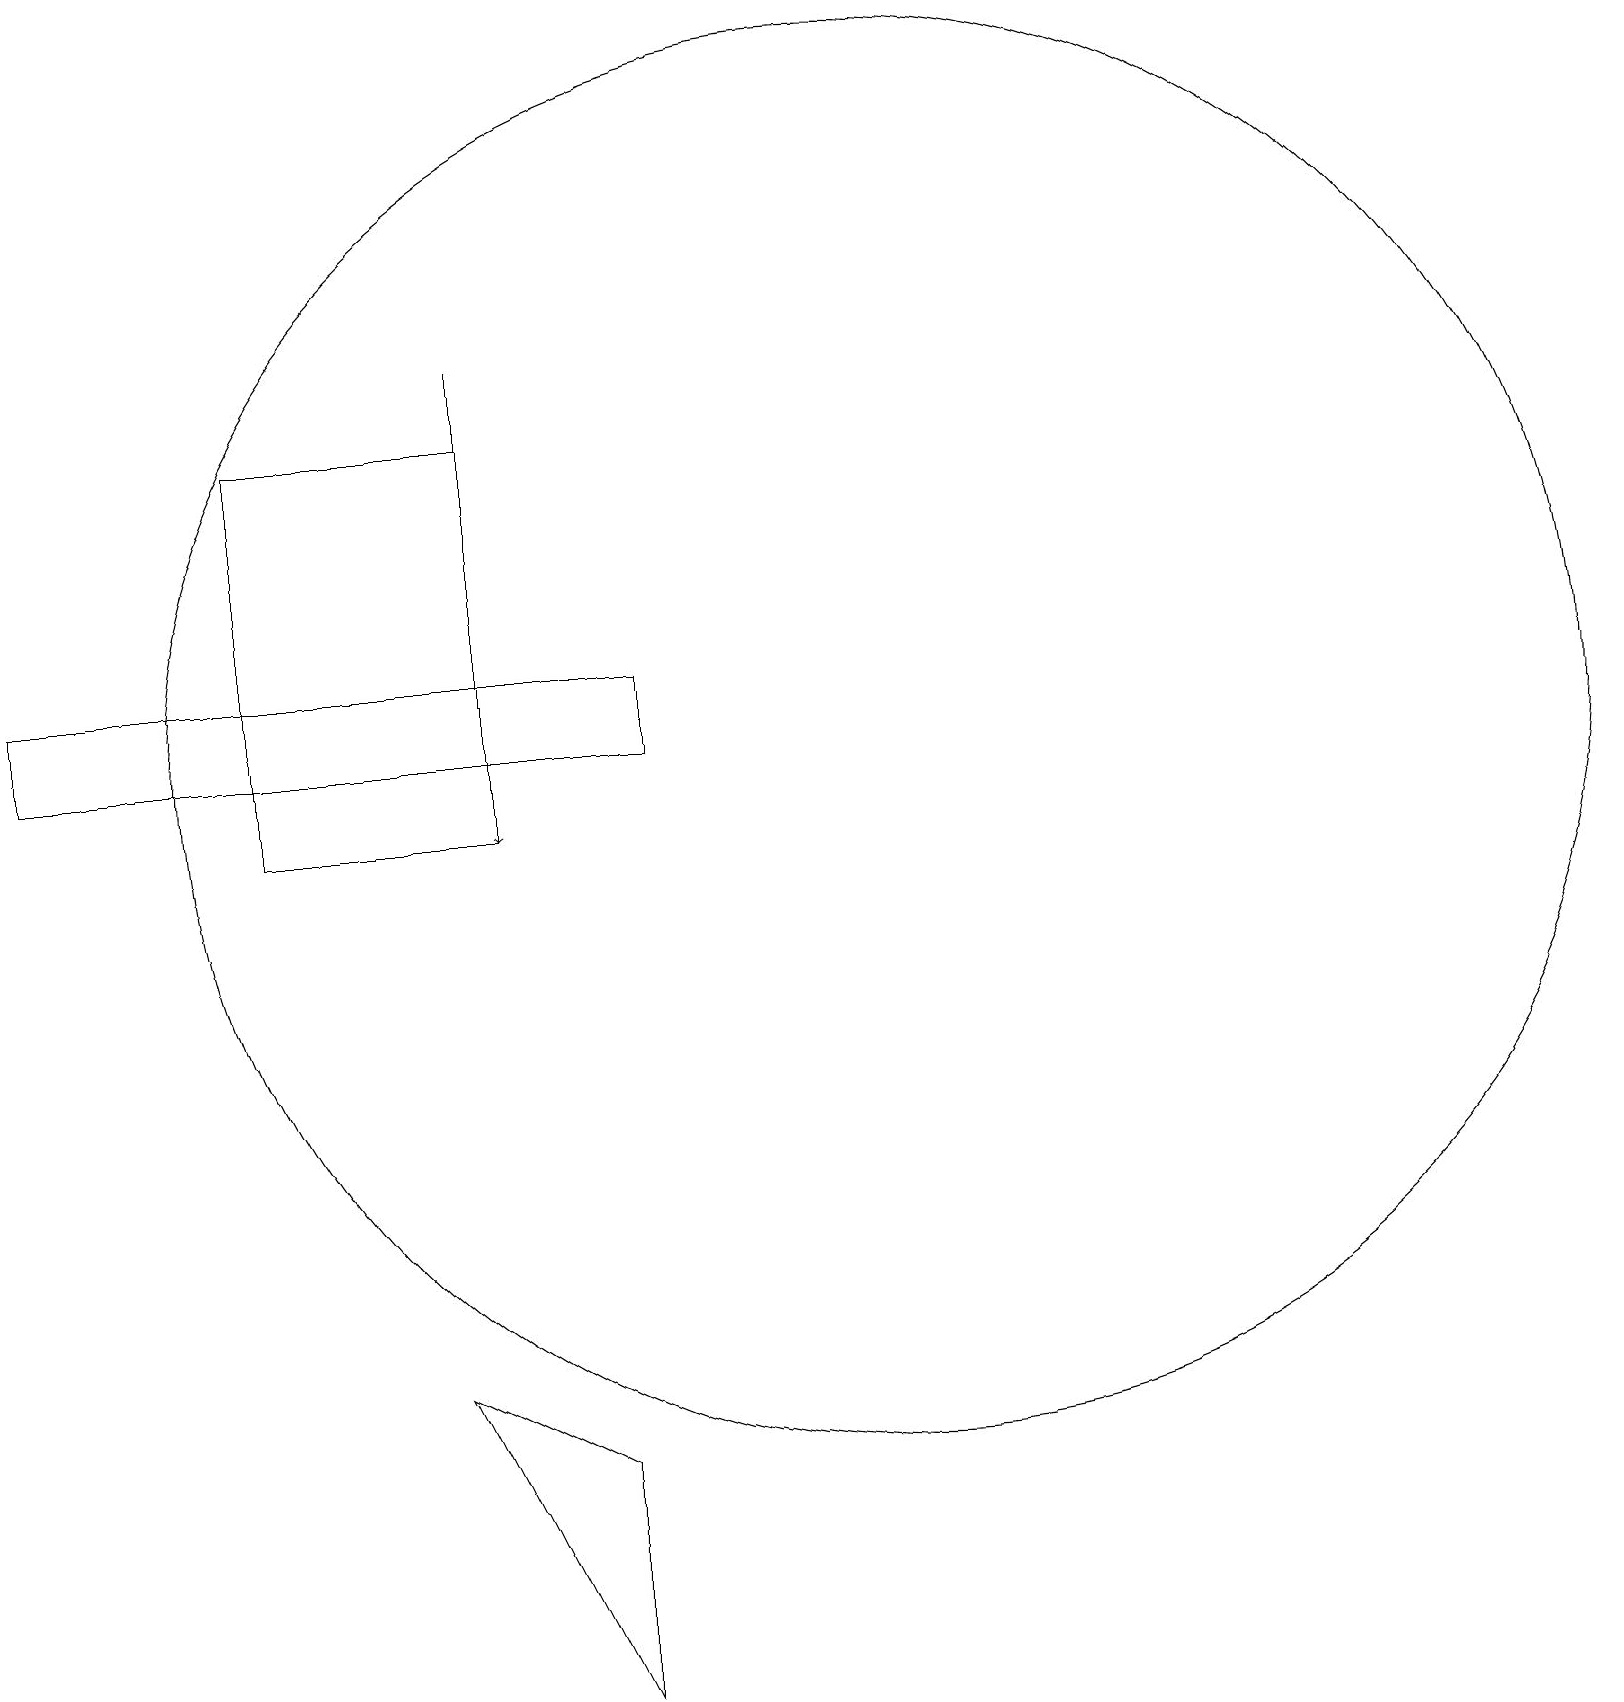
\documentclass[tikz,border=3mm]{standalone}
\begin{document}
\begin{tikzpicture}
\draw (4,16) rectangle (7,11);
\draw (1,12) rectangle (9,13);
\draw (12,12) circle (9);
\draw[->] (7,17) -- (7,11);
\draw (6,4) -- (8,0) -- (8,3) -- cycle;
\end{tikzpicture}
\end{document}